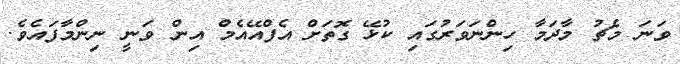
ވަނަ މެޗު މާދަމާ ހިންނަވަރުގައި ކުޅޭ ގޮތަށް އެފްއޭއެމް އިން ވަނީ ނިންމާފައެވެ.